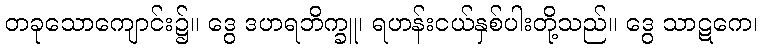
တခုသောကျောင်း၌။ ဒွေ ဒဟရဘိက္ခူ၊ ရဟန်းငယ်နှစ်ပါးတို့သည်။ ဒွေ သာဋကေ၊